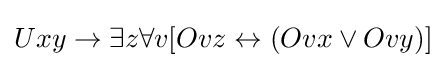
Uxy\rightarrow \exists z\forall v[Ovz\leftrightarrow (Ovx\lor Ovy)]